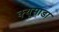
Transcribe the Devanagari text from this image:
क्यूसाडा